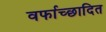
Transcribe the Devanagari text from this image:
वर्फाच्‍छादित